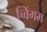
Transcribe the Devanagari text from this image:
च्विंगम